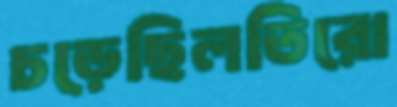
চড়েছিলতিরো